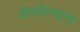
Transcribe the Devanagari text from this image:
घेतलेल्यांना